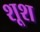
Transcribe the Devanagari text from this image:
शूश